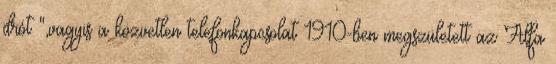
drót ",vagyis a közvetlen telefonkapcsolat 1910-ben megszületett az Alfa